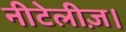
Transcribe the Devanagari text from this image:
नीटेलीज़।